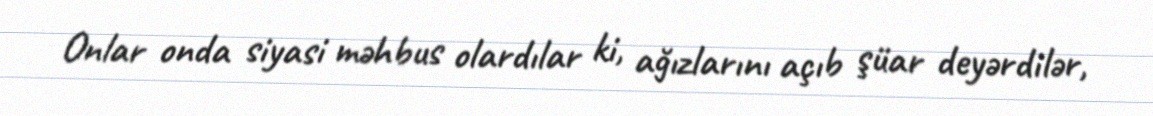
Onlar onda siyasi məhbus olardılar ki, ağızlarını açıb şüar deyərdilər,